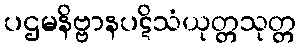
ပဌမနိဗ္ဗာနပဋိသံယုတ္တသုတ္တ